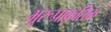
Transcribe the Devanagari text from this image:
भूरूप्राकृतिक